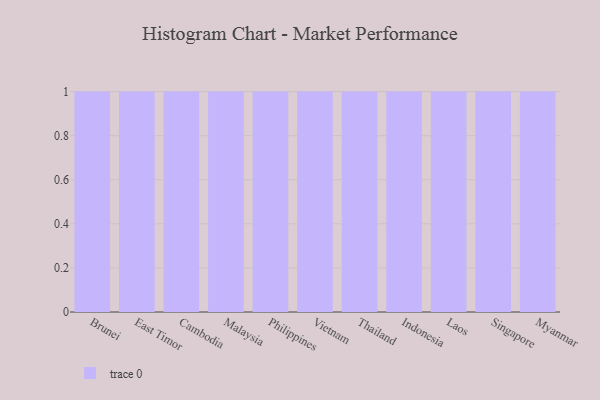
{"axis": {"x": "Country", "y": "Energy Usage (MWh)"}, "legend": [""], "data": [{"x": "Brunei", "y": 5, "type": ""}, {"x": "East Timor", "y": 76, "type": ""}, {"x": "Cambodia", "y": 23, "type": ""}, {"x": "Malaysia", "y": 7, "type": ""}, {"x": "Philippines", "y": 61, "type": ""}, {"x": "Vietnam", "y": 59, "type": ""}, {"x": "Thailand", "y": 38, "type": ""}, {"x": "Indonesia", "y": 71, "type": ""}, {"x": "Laos", "y": 88, "type": ""}, {"x": "Singapore", "y": 47, "type": ""}, {"x": "Myanmar", "y": 17, "type": ""}]}